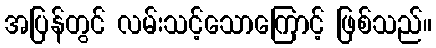
အပြန်တွင် လမ်းသင့်သောကြောင့် ဖြစ်သည်။